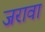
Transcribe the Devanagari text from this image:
जरावा